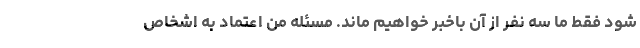
شود فقط ما سه نفر از آن باخبر خواهیم ماند. مسئله من اعتماد به اشخاص